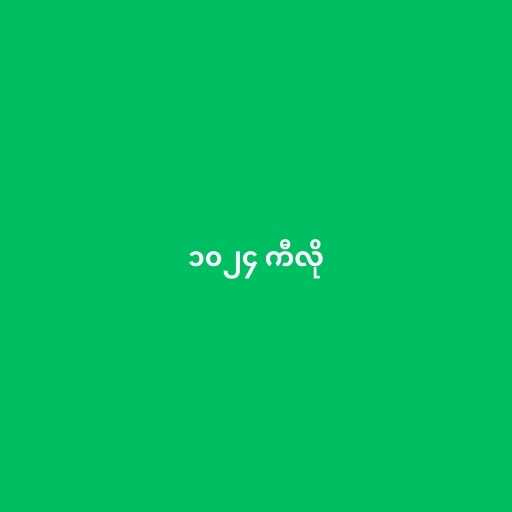
၁၀၂၄ ကီလို